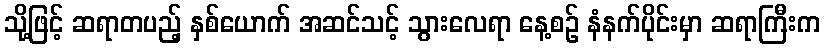
သို့ဖြင့် ဆရာတပည့် နှစ်ယောက် အဆင်သင့် သွားလေရာ နေ့စဉ် နံနက်ပိုင်းမှာ ဆရာကြီးက